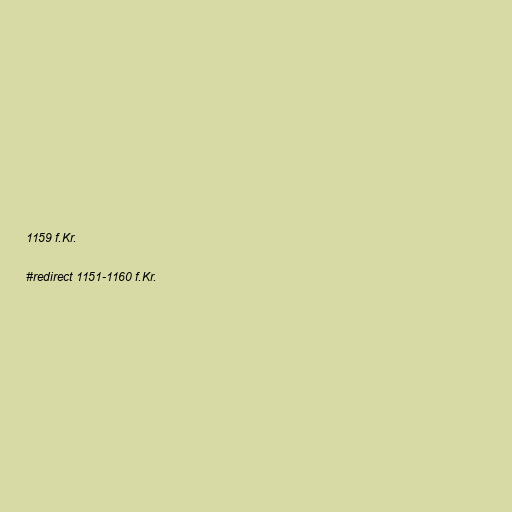
1159 f.Kr.

#redirect 1151-1160 f.Kr.